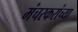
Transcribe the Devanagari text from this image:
मंचरकरांच्या